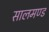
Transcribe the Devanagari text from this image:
सालमण्ड